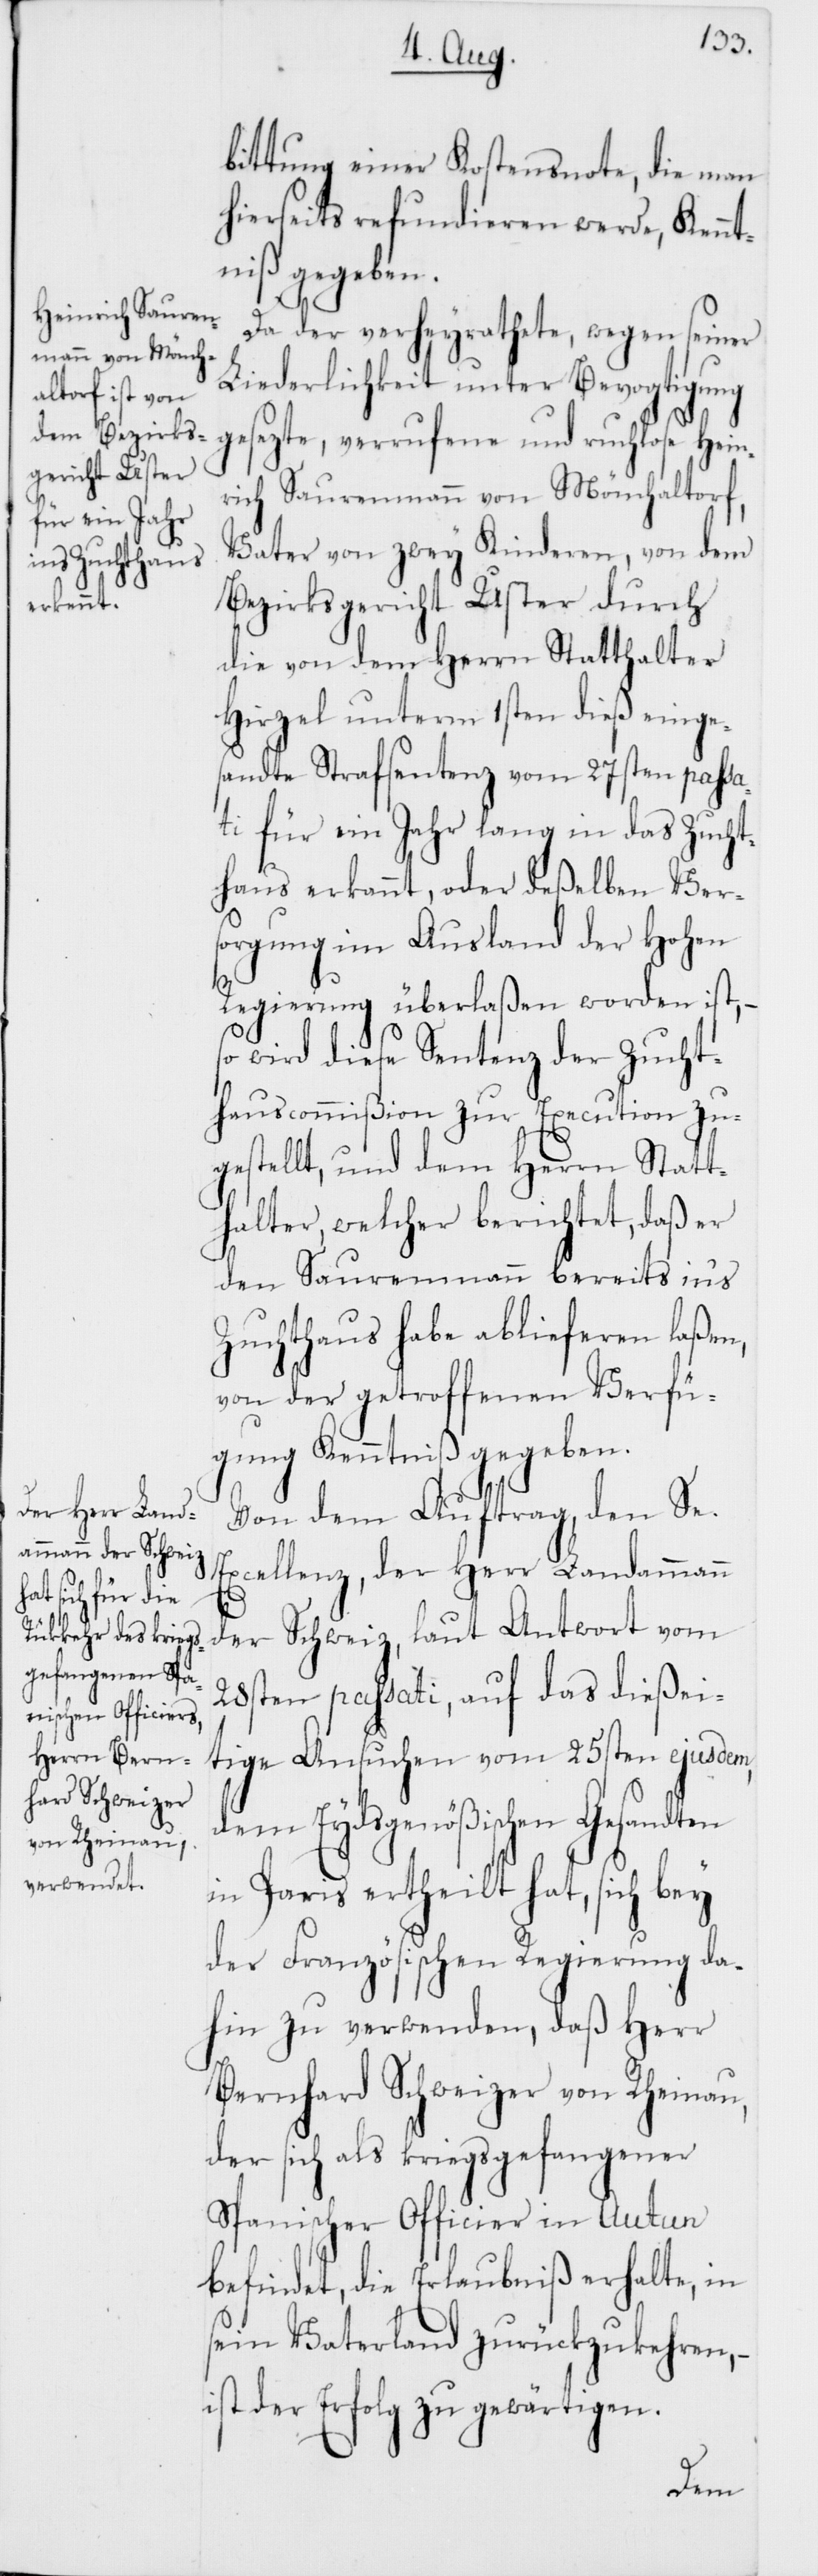
bittung einer Kostensnote, die man
hierseits refundieren werde, Kennt¬
niß gegeben.
Da der verheyrathete, wegen seiner
Liederlichkeit unter Bevogtigung
gesezte, verrufene und ruchlose Hein¬
rich Saurenmann von Mönchaltorf,
Vater von zwey Kinderen, von dem
Bezirksgericht Uster durch
die von dem Herrn Statthalter
Hirzel unterm 1sten dieß einge¬
sandte Strafsentenz vom 27sten passa¬
ti für ein Jahr lang in das Zucht¬
haus erkannt, oder deßelben Ver¬
sorgung im Ausland der Hohen
Regierung überlaßen worden ist, –
so wird diese Sentenz der Zucht¬
hauscommißion zur Execution zu¬
gestellt, und dem Herrn Statt¬
halter, welcher berichtet, daß er
den Saurenmann bereits ins
Zuchthaus habe ablieferen laßen,
von der getroffenen Verfü¬
gung Kenntniß gegeben.
Von dem Auftrag, den Se.
Excellenz, der Herr Landammann
der Schweiz, laut Antwort vom
28sten passati, auf das dießei¬
tige Ansuchen vom 25sten ejusdem,
dem Eydsgenößischen Gesandten
in Paris ertheilt hat, sich bey
der Französischen Regierung da¬
hin zu verwenden, daß Herr
Bernhard Schweizer von Rheinau,
der sich als kriegsgefangener
Spanischer Officier in Autun
befindet, die Erlaubniß erhalte, in
sein Vaterland zurückzukehren, –
ist der Erfolg zu gewärtigen.